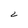
Character: 2